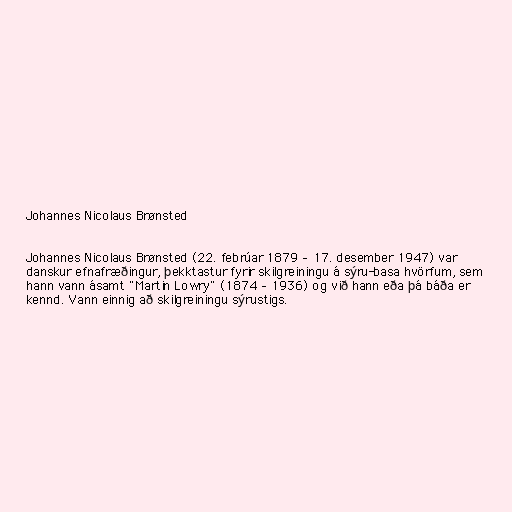
Johannes Nicolaus Brønsted

Johannes Nicolaus Brønsted (22. febrúar 1879 – 17. desember 1947) var
danskur efnafræðingur, þekktastur fyrir skilgreiningu á sýru-basa hvörfum, sem
hann vann ásamt "Martin Lowry" (1874 – 1936) og við hann eða þá báða er
kennd. Vann einnig að skilgreiningu sýrustigs.